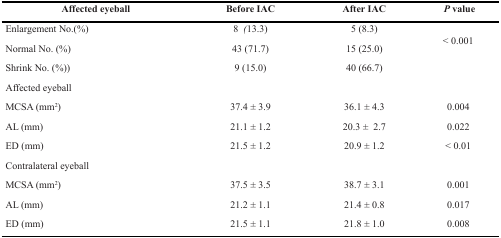
<table><thead><tr><td><b>Affected eyeball</b></td><td><b>Before IAC</b></td><td><b>After IAC</b></td><td><b><i>P</i> value</b></td></tr></thead><tbody><tr><td>Enlargement No.(%)</td><td>8 (13.3)</td><td>5 (8.3)</td><td rowspan="3">&lt; 0.001</td></tr><tr><td>Normal No. (%)</td><td>43 (71.7)</td><td>15 (25.0)</td></tr><tr><td>Shrink No. (%))</td><td>9 (15.0)</td><td>40 (66.7)</td></tr><tr><td>Affected eyeball</td><td></td><td></td><td></td></tr><tr><td>MCSA (mm<sup>2</sup>)</td><td>37.4 <i>±</i> 3.9</td><td>36.1 <i>±</i> 4.3</td><td>0.004</td></tr><tr><td>AL (mm)</td><td>21.1 <i>±</i> 1.2</td><td>20.3 <i>±</i> 2.7</td><td>0.022</td></tr><tr><td>ED (mm)</td><td>21.5 <i>±</i> 1.2</td><td>20.9 <i>±</i> 1.2</td><td>&lt; 0.01</td></tr><tr><td>Contralateral eyeball</td><td></td><td></td><td></td></tr><tr><td>MCSA (mm<sup>2</sup>)</td><td>37.5 <i>±</i> 3.5</td><td>38.7 <i>±</i> 3.1</td><td>0.001</td></tr><tr><td>AL (mm)</td><td>21.2 <i>±</i> 1.1</td><td>21.4 <i>±</i> 0.8</td><td>0.017</td></tr><tr><td>ED (mm)</td><td>21.5 <i>±</i> 1.1</td><td>21.8 <i>±</i> 1.0</td><td>0.008</td></tr></tbody></table>